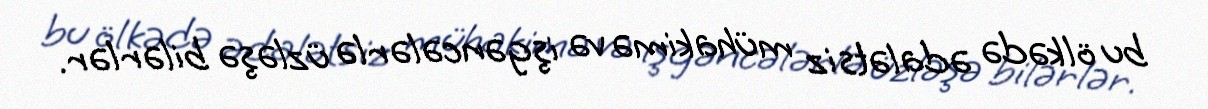
bu ölkədə ədalətsiz mühakimə və işgəncələrlə üzləşə bilərlər.